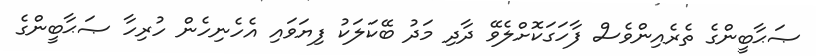
ޞަޙާބީންގެ ތެރެއިންވެސް ފާހަގަކޮށްލެވޭ ދާދި މަދު ބޭކަލަކު ފިޔަވައި އެހެނިހެން ހުރިހާ ޞަޙާބީންގެ